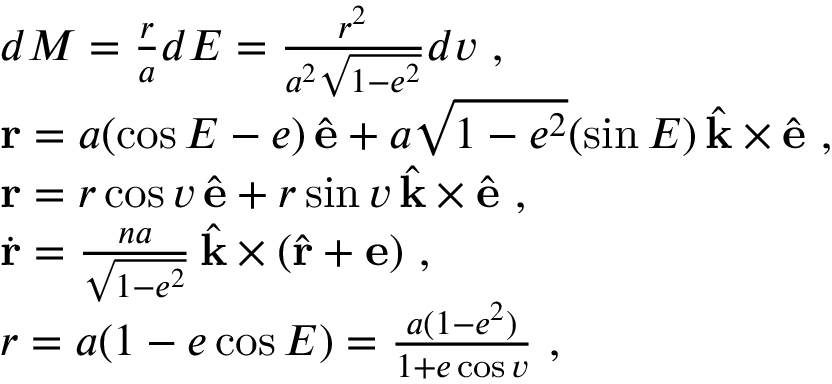
\begin{array} { r l } & { d M = \frac { r } { a } d E = \frac { r ^ { 2 } } { a ^ { 2 } \sqrt { 1 - e ^ { 2 } } } d v \ , } \\ & { \mathbf { r } = a ( \cos E - e ) \, \hat { \mathbf { e } } + a \sqrt { 1 - e ^ { 2 } } ( \sin E ) \, \hat { \mathbf { k } } \times \hat { \mathbf { e } } \ , } \\ & { \mathbf { r } = r \cos v \, \hat { \mathbf { e } } + r \sin v \, \hat { \mathbf { k } } \times \hat { \mathbf { e } } \ , } \\ & { \dot { \mathbf { r } } = \frac { n a } { \sqrt { 1 - e ^ { 2 } } } \, \hat { \mathbf { k } } \times ( \hat { \mathbf { r } } + \mathbf { e } ) \ , } \\ & { r = a ( 1 - e \cos E ) = \frac { a ( 1 - e ^ { 2 } ) } { 1 + e \cos v } \ , } \end{array}